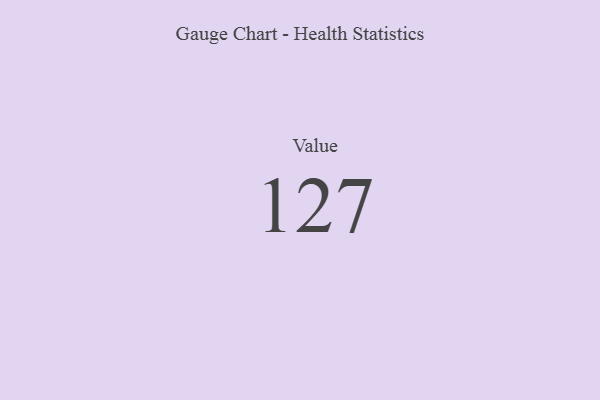
{"axis": {"x": "Metric", "y": "Value"}, "legend": [""], "data": [{"x": "Value", "y": 127, "type": ""}]}